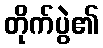
တိုက်ပွဲ၏